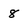
Character: 8